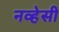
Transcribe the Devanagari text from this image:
नव्हेसी